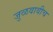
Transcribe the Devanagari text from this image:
जुळवावीच